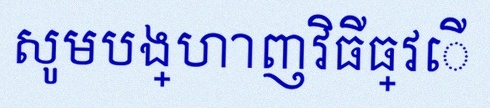
សូមបង្ហាញវិធីធ្វើ